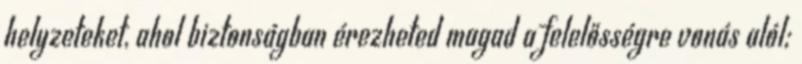
helyzeteket, ahol biztonságban érezheted magad a felelősségre vonás alól;